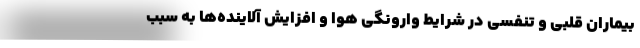
بیماران قلبی و تنفسی در شرایط وارونگی هوا و افزایش آلاینده‌ها به سبب